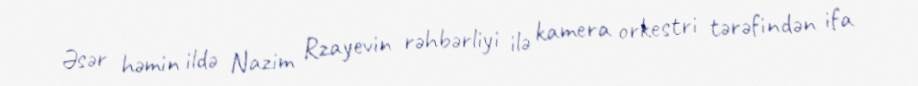
Əsər həmin ildə Nazim Rzayevin rəhbərliyi ilə kamera orkestri tərəfindən ifa